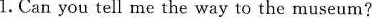
1. Can you tell me the way to the museum?